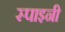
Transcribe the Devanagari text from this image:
स्पाइनी